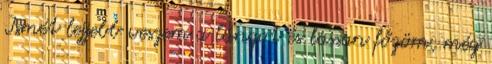
Ismét lejjebb veszem a lángot és lassan főzöm, még